King Institute of Preventive Medicine Bacteriolog. Section reports 1907-08
Year: 1907
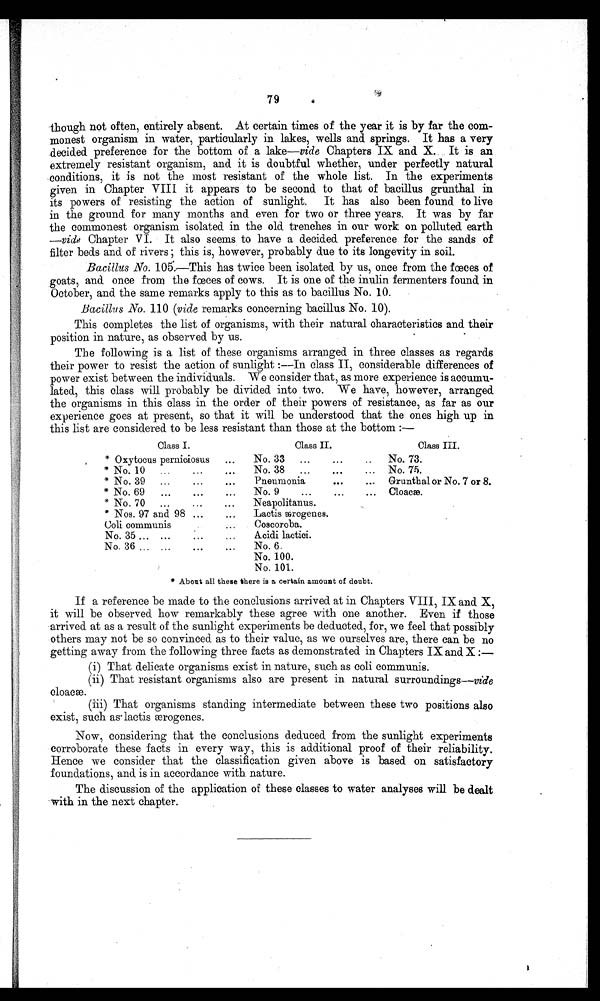
79
though not often, entirely absent. At certain times of the year it is by far the com-
monest organism in water, particularly in lakes, wells and. springs. It has a very
decided preference for the bottom of a lake—vide Chapters IX and X. It is an
extremely resistant organism, and it is doubtful whether, under perfectly natural
conditions, it is not the most resistant of the whole list. In the experiments
given in Chapter VIII it appears to be second to that of bacillus grunthal in
its powers of resisting the action of sunlight. It has also been found to live
in the ground for many months and even for two or three years. It was by far
the commonest organism isolated in the old trenches in our work on polluted earth
—vide Chapter VI. It also seems to have a decided preference for the sands of
fi l t er beds and of ri vers; t hi s i s, however, probabl y due t o i t s l ongevi t y i n soi l .
Bacillus No. 106.—This has twice been isolated by us, once from the fœces of
goats, and once from the fœces of cows. It is one of the inulin fermenters found in
October, and the same remarks apply to this as to bacillus No. 10.
Bacillus No. 110 (vide remarks concerning bacillus No. 10).
This completes the list of organisms, with their natural characteristics and their
position in nature, as observed by us.
The following is a list of these organisms arranged in three classes as regards
their power to resist the action of sunlight :—In class II, considerable differences of
power exist between the individuals. We consider that, as more experience is accumu-
lated, this class will probably be divided into two. We have, however, arranged
the organisms in this class in the order of their powers of resistance, as far as our
experience goes at present, so that it will be understood that the ones high up in
this list are considered to be less resistant than those at the bottom :—
Class I.
Class II.
Class III.
Oxytocus perniciosus
...
No. 33
...
No. 73.
No. 10
...
No. 38
...
...
No. 75.
* No. 39
...
... Pneumonia ... Grunthal or No. 7 or 8.
* No. 69
...
... No. 9 ... Cloacæ.
* No. 70
Neapolitanus.
* Nos. 97 and 98 ...
Lactisærogenes.
Coli communis
Coscoroba.
Acidi lactici.
No. 35 ...
No. 36 ...
...
No. 6.
No. 100.
No. 101.
* About all these there is a certain amount of doubt.
If a reference be made to the conclusions arrived at in Chapters VIII, IX and X,
it will be observed how remarkably these agree with one another. Even if those
arrived at as a result of the sunlight experiments be deducted, for, we feel that possibly
others may not be so convinced as to their value, as we ourselves are, there can be no
getting away from the following three facts as demonstrated in Chapters IX and X :—
(i) That delicate organisms exist in nature, such as coli communis.
(ii) That resistant organisms also are present in natural surroundings—vide
.
(iii) That organisms standing intermediate between these two positions also
exist, such
as cloacæ. slaetis ærogenes.
Now, considering that the conclusions deduced from the sunlight experiments
corroborate these facts in every way, this is additional proof of their reliability.
Hence we consider that the classification given above is based on satisfactory
foundations, and is in accordance with nature.
The discussion of the application of these classes to water analyses will be dealt
with in the next chapter.